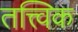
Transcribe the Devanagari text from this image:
तत्त्विक